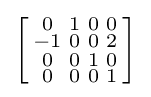
\left[{\begin{smallmatrix}0&1&0&0\\-1&0&0&2\\0&0&1&0\\0&0&0&1\\\end{smallmatrix}}\right]